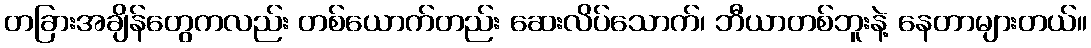
တခြားအချိန်တွေကလည်း တစ်ယောက်တည်း ဆေးလိပ်သောက်၊ ဘီယာတစ်ဘူးနဲ့ နေတာများတယ်။